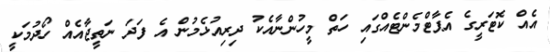
އެއް ކޮޓަރީގެ އެޕާޓްމެންޓެއްގައި ހަތް މީހުންނާއެކު ދިރިއުޅެމުން އެ ފަދަ ނަތީޖާއެއް ހޯދުމަކީ